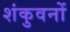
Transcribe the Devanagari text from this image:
शंकुवनों